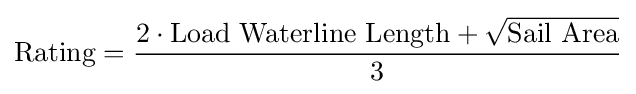
{\text{Rating}}={\frac {2\cdot {\text{Load Waterline Length}}+{\sqrt {\text{Sail Area}}}}{3}}